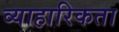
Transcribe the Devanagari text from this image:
व्याहारिकता